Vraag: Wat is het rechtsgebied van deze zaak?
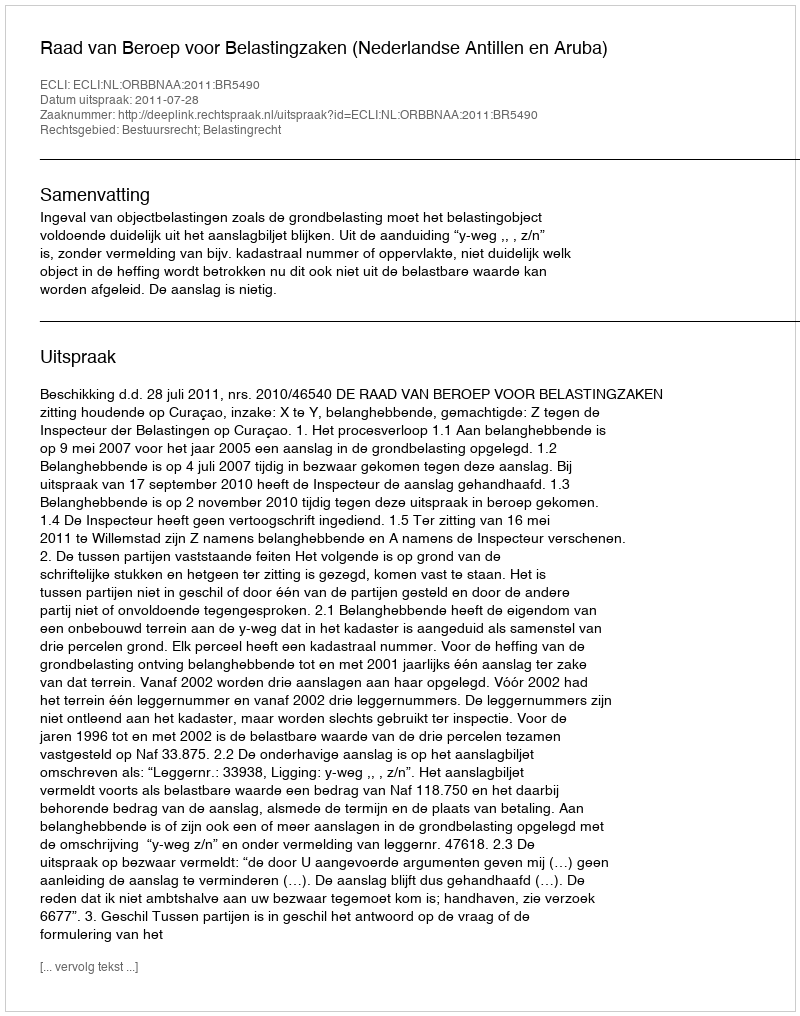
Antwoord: Bestuursrecht; Belastingrecht